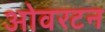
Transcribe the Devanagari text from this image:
ओवरटन